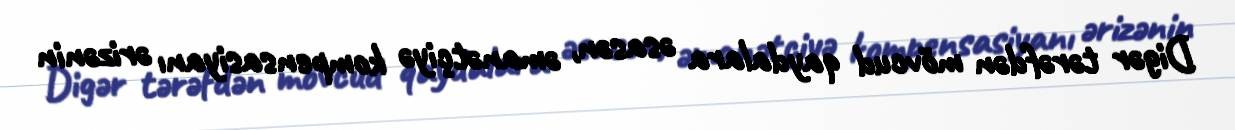
Digər tərəfdən mövcud qaydalara əsasən, əmanətçiyə kompensasiyanı ərizənin